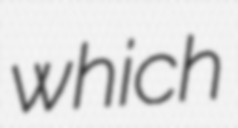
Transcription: which